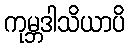
ကုမ္ဘဒါသိယာပိ